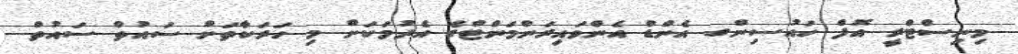
މިނިސްޓްރީ އޮފް ހައުސިންގ އެންޑް އެންވައިރަންމަންޓްގެ އެދުމަކަށް މި ހަރަކާތަށް ސައުތް ސައުތް